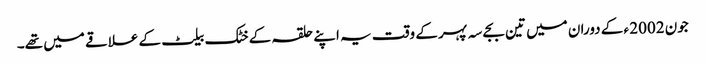
جون 2002 ء کے دوران میں تین بجے سہ پہر کے وقت یہ اپنے حلقہ کے خٹک بیلٹ کے علاقے میں تھے۔